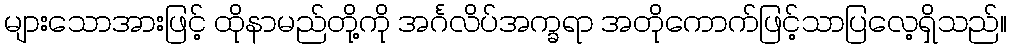
များသောအားဖြင့် ထိုနာမည်တို့ကို အင်္ဂလိပ်အက္ခရာ အတိုကောက်ဖြင့်သာပြလေ့ရှိသည်။